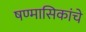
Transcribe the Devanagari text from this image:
षण्मासिकांचे